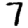
Digit: 7